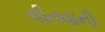
વીતવાની